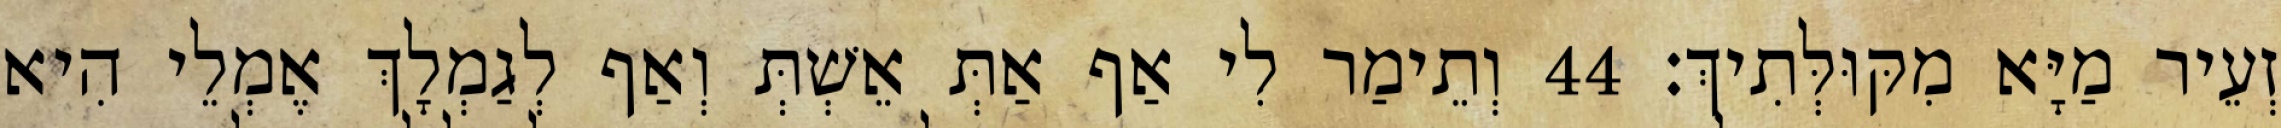
זְעֵיר מַיָּא מִקּוּלְּתִיךְ׃ 44 וְתֵימַר לִי אַף אַתְּ אֵשְׁתְּ וְאַף לְגַמְלָךְ אֶמְלֵי הִיא